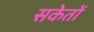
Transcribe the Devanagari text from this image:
सकेतों